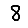
Digit: 8